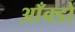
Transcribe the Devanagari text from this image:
आँक्डों